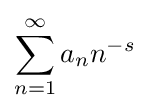
\sum _{n=1}^{\infty }a_{n}n^{-s}